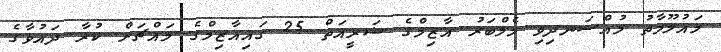
މައުލޫމާތު މުއްސަނދިވި މެމްބަރު އާޒިމްގެ ޝަރީއަތް 25 ގައިއާޒިމްގެ މައްޗަށް ކުރާ ދައުވާގެ